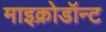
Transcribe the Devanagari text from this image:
माइक्रोडॉन्ट